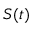
S ( t )